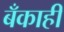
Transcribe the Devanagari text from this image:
बँकाही